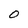
Character: 0